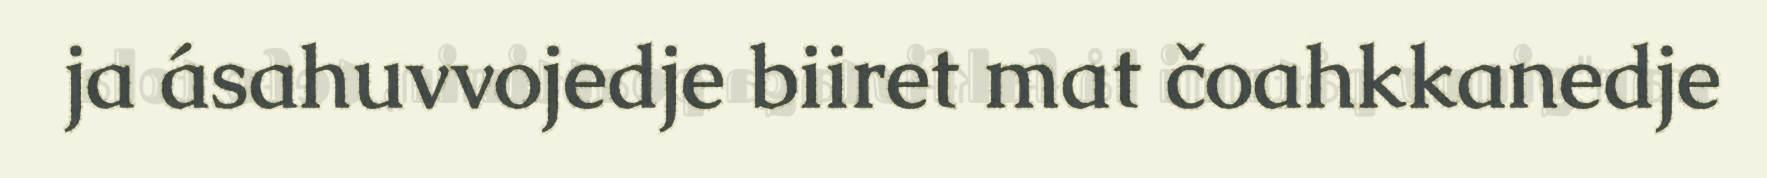
ja ásahuvvojedje biiret mat čoahkkanedje